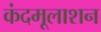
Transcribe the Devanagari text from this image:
कंदमूलाशन